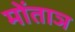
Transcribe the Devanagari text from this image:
मोंताञ